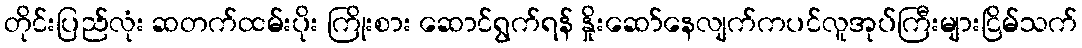
တိုင်းပြည်လုံး ဆတက်ထမ်းပိုး ကြိုးစား ဆောင်ရွက်ရန် နှိုးဆော်နေလျက်ကပင်လူအုပ်ကြီးများငြိမ်သက်